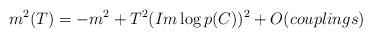
LaTeX: \begin{align*}m^2(T)=-m^2+ T^2(Im \log p(C))^2+ O(couplings)\end{align*}